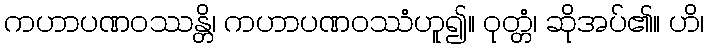
ကဟာပဏဝဿန္တိ၊ ကဟာပဏဝဿံဟူ၍။ ဝုတ္တံ၊ ဆိုအပ်၏။ ဟိ၊